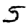
Digit: 5